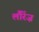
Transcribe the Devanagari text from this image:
लौरेंज़